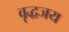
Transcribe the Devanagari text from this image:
वृद्धजय